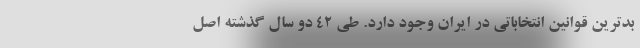
بدترین قوانین انتخاباتی در ایران وجود دارد. طی ۴۲ دو سال گذشته اصل